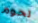
تحوم